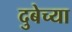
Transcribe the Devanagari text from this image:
दुबेच्या